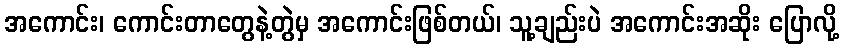
အကောင်း၊ ကောင်းတာတွေနဲ့တွဲမှ အကောင်းဖြစ်တယ်၊ သူ့ချည်းပဲ အကောင်းအဆိုး ပြောလို့